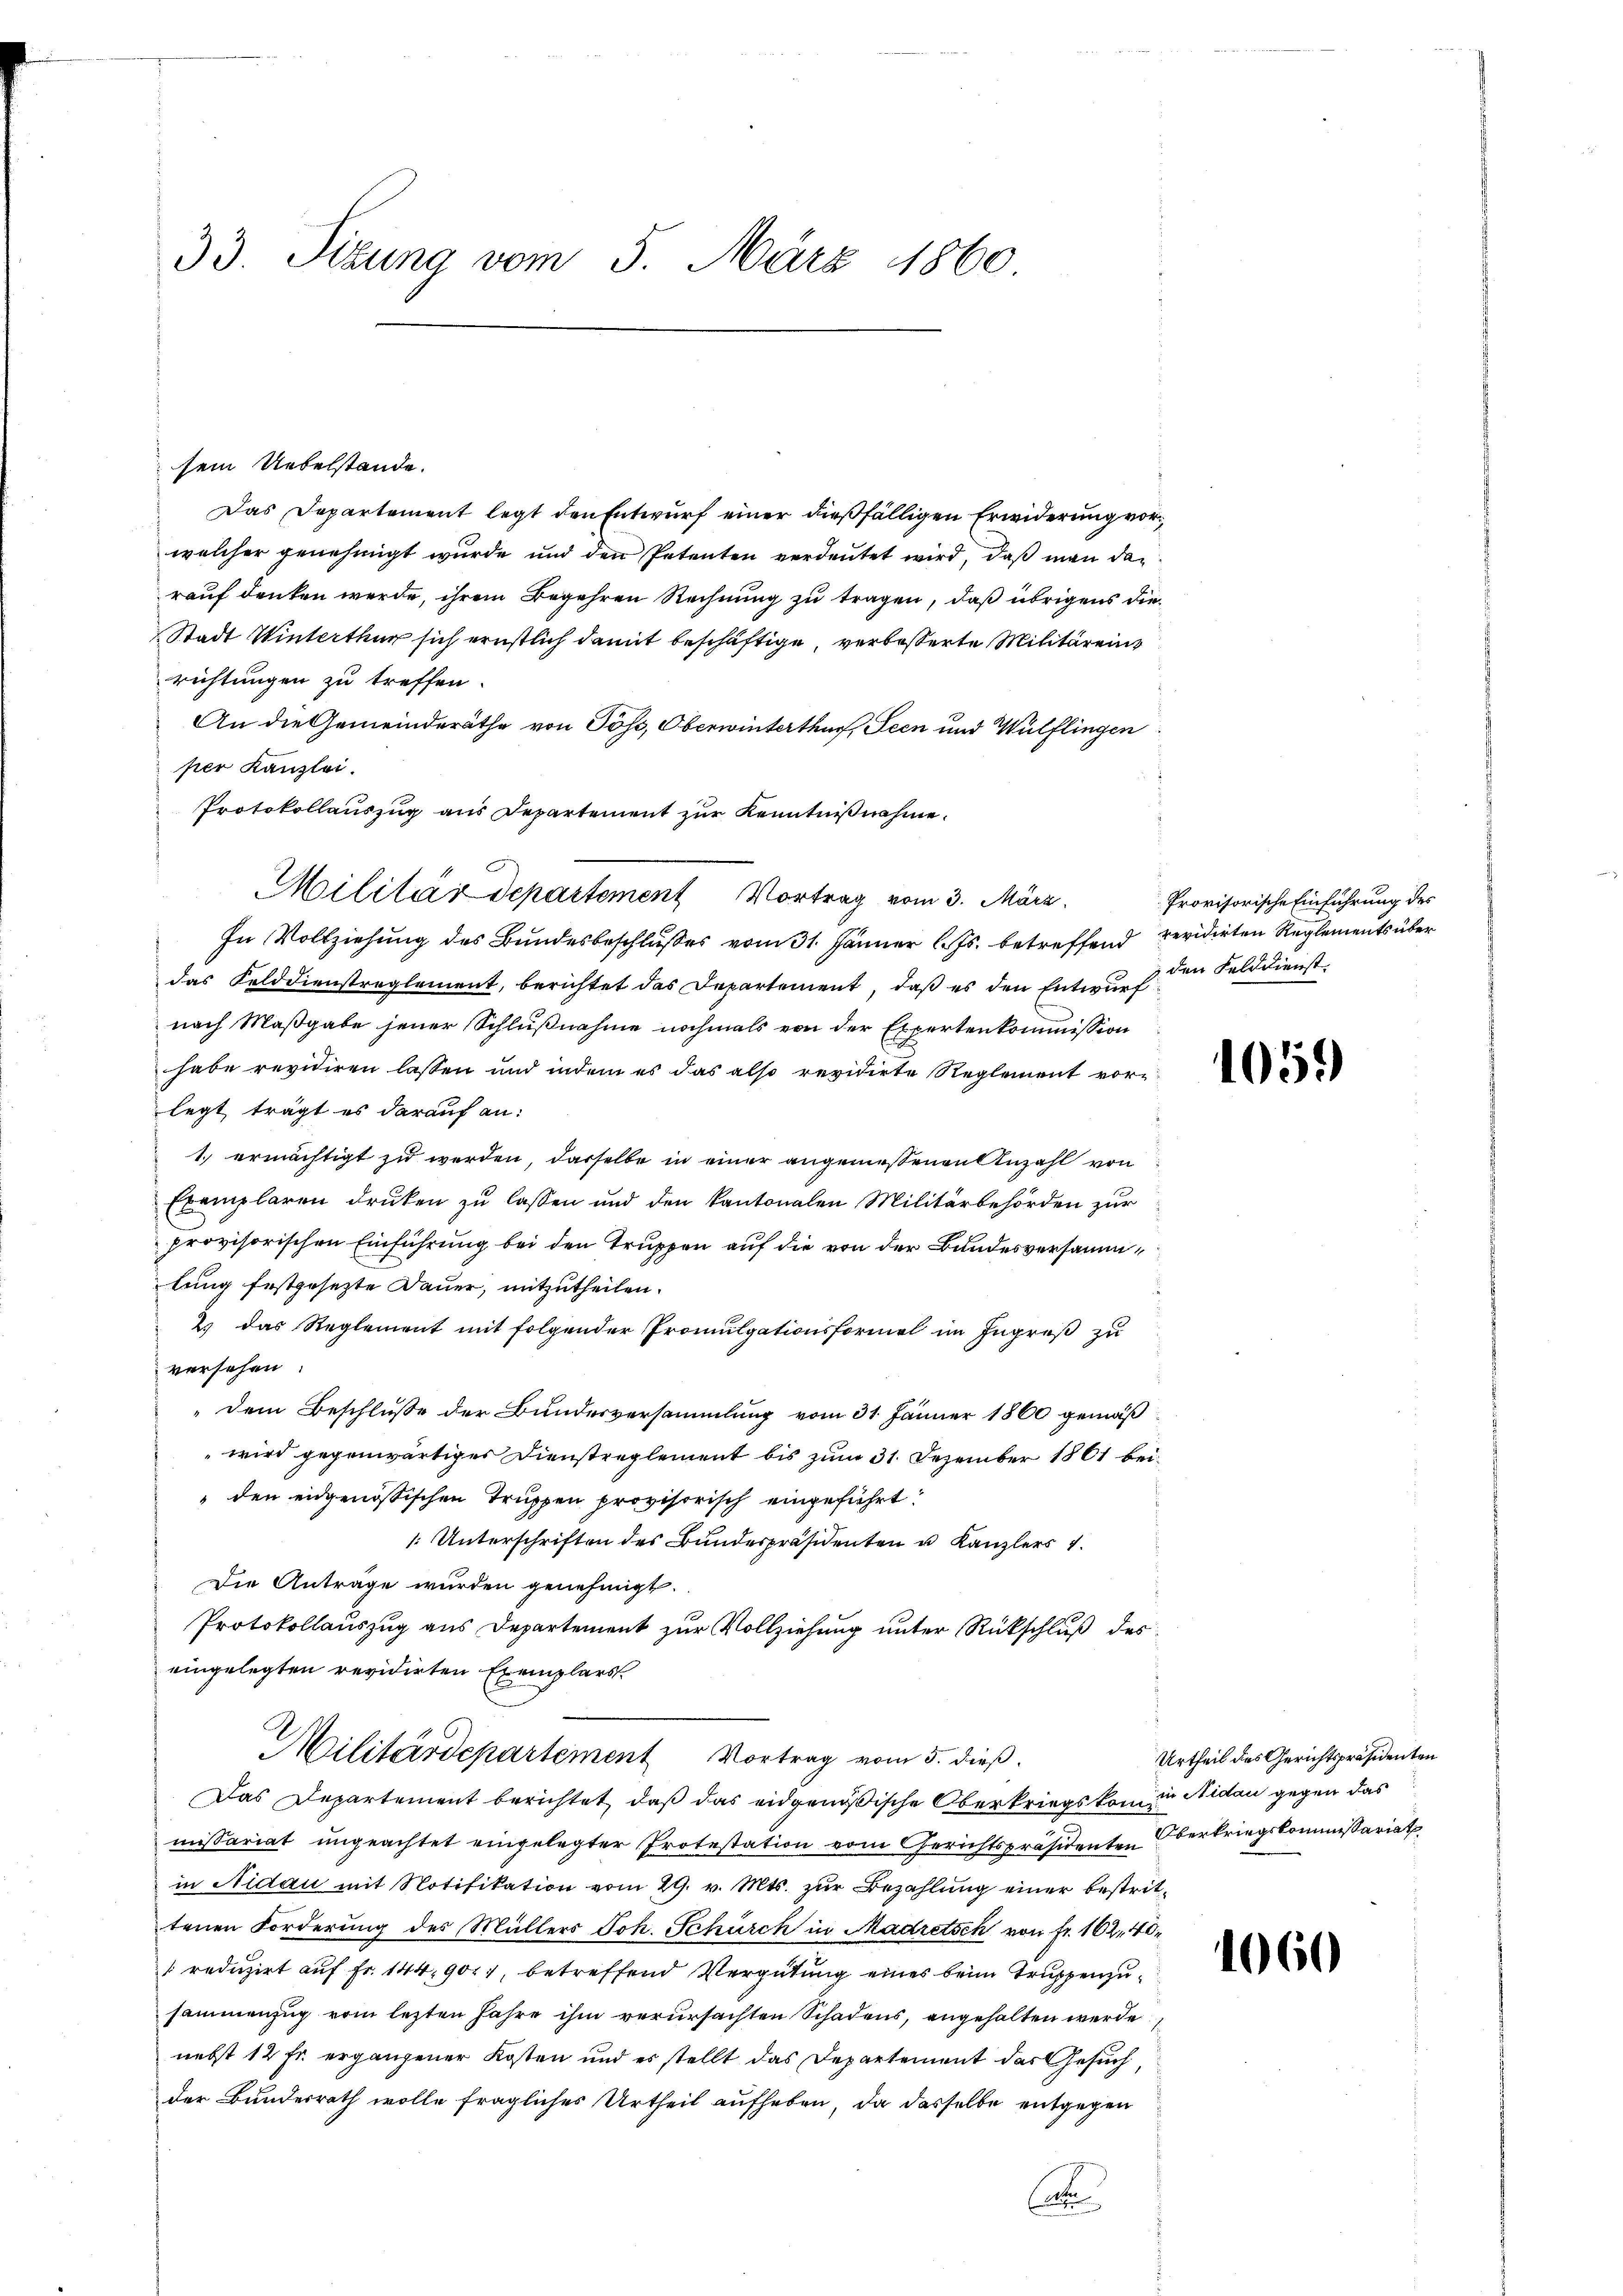
33. Sizung vom 5. März 1860

sein Uebelstände.
Das Departement legt den Entwurf einer dießfälligen Erwiderung vor
welcher genehmigt wurde und den Petenten verdeutet wird, daß man dan
rauf denken werde, ihrem Begehren Rechnung zu tragen, daß übrigens die¬
Stadt Winterthur sich ernstlich damit beschäftige, verbesserte Militäreins
richtungen zu treffen.
An die Gemeinderäthe von Poss, Oberwinterthur, Seen und Wülflingen
per Kanzlei.
Protokollauszug aus Departement zur Kenntnißnahme.
Militärdepartement Vortrag vom 3. März.
In Vollziehung des Bundesbeschlußes vom 31. Jänner l. Js. betreffend revidirten Reglements über
das Felddienstreglement, berichtet das Departement, daß es den Entwurf den Felddienst
nach Maßgabe jener Schlußnahme nochmals von der Expertenkommission
habe revidiren lassen und indem es das also revidirte Reglement vorlegt trägt es darauf an:
1.) ermächtigt zu werden, dasselbe in einer angemessenen Anzahl von
Exemplaren drucken zu lassen und den kantonalen Militärbehörden zur
Provisorischen Einführung bei den Truppen auf die von der Bundesversammlung festgesezte Dauer, mitzutheilen.
2.) Das Reglement mit folgender Promulgationsformel im Ingruß zu
versehen.
„dem Beschluße der Bundesversammlung vom 31. Jänner 1860 gemäß¬
" wird gegenwärtiges Dienstreglement bis zum 31. Dezember 1861 bei
den eidgenössischen Truppen provisorisch eingeführt:
: Unterschriften des Bundespräsidenten u Kanzlers 1
Die Anträge wurden genehmigt.
Protokollauszug aus Departement zur Vollziehung unter Rückschluß des
eingelegten revidirten Exemplars
Militärdepartement Vortrag vom 5. dieß.
Das Departement berichtet, daß das eidgenößische Oberkriegskom in Nidau gegen das
missariat ungeachtet eingelegter Protestation vom Gerichtspräsidenten Oberkriegskommissariat
in Nidau mit Notifikation vom 29. v. Mts. zur Bezahlung einer bestrittenen Forderung des Müllers Joh. Schürch in Madretsch von Fr. 162, 48
 reduzirt auf Fr. 144. 900, betreffend Vergütung eines beim Truppenzusammenzug vom lezten Jahre ihm verursachten Schadens, angehalten werde
nebst 12 Fr. ergangener Kosten und es stellt das Departement das Gesuch,
der Bundesrath wolle fragliches Urtheil aufheben, da dasselbe entgegen
t

Provisorische Einführung des

105.

1060

Urtheil des Gerichtspräsidenten